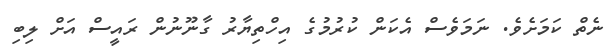
ނެތް ކަމަށެވެ. ނަމަވެސް އެކަން ކުރުމުގެ އިހްތިޔާރު ގާނޫނުން ރައީސް އަށް ލިބި